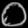
Digit: ၀